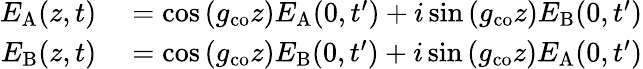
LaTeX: \begin{array}{rl}{E_{\mathrm{A}}(z,t)}&{{}=\cos{(g_{\mathrm{co}}z)}E_{\mathrm{A}}(0,t^{\prime})+i\sin{(g_{\mathrm{co}}z)}E_{\mathrm{B}}(0,t^{\prime})}\\ {E_{\mathrm{B}}(z,t)}&{{}=\cos{(g_{\mathrm{co}}z)}E_{\mathrm{B}}(0,t^{\prime})+i\sin{(g_{\mathrm{co}}z)}E_{\mathrm{A}}(0,t^{\prime})}\end{array}